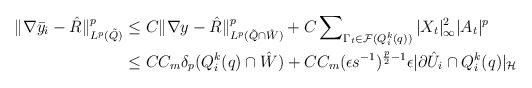
\begin{align*}\Vert \nabla \bar{y}_i- \hat{R} \Vert^p_{L^p(\tilde{Q})} & \le C\Vert \nabla y - \hat{R} \Vert^p_{L^p(\tilde{Q} \cap \hat{W})} + C\sum\nolimits_{\Gamma_t \in {\cal F}(Q^k_i(q))} |X_t|_\infty^2 |A_t|^p \\& \le CC_m\delta_p(Q^k_i(q)\cap \hat{W}) + CC_m (\epsilon s^{-1})^{\frac{p}{2} -1} \epsilon |\partial \hat{U}_i \cap Q^k_i(q)|_{\cal H}\end{align*}